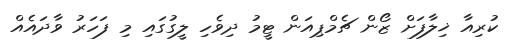
ކުރިއާ ޚިލާފަށް ޒޯން ޗެމްޕިއަން ޓީމު ދިވެހި ލީގުގައި މި ފަހަރު ވާދައެއް